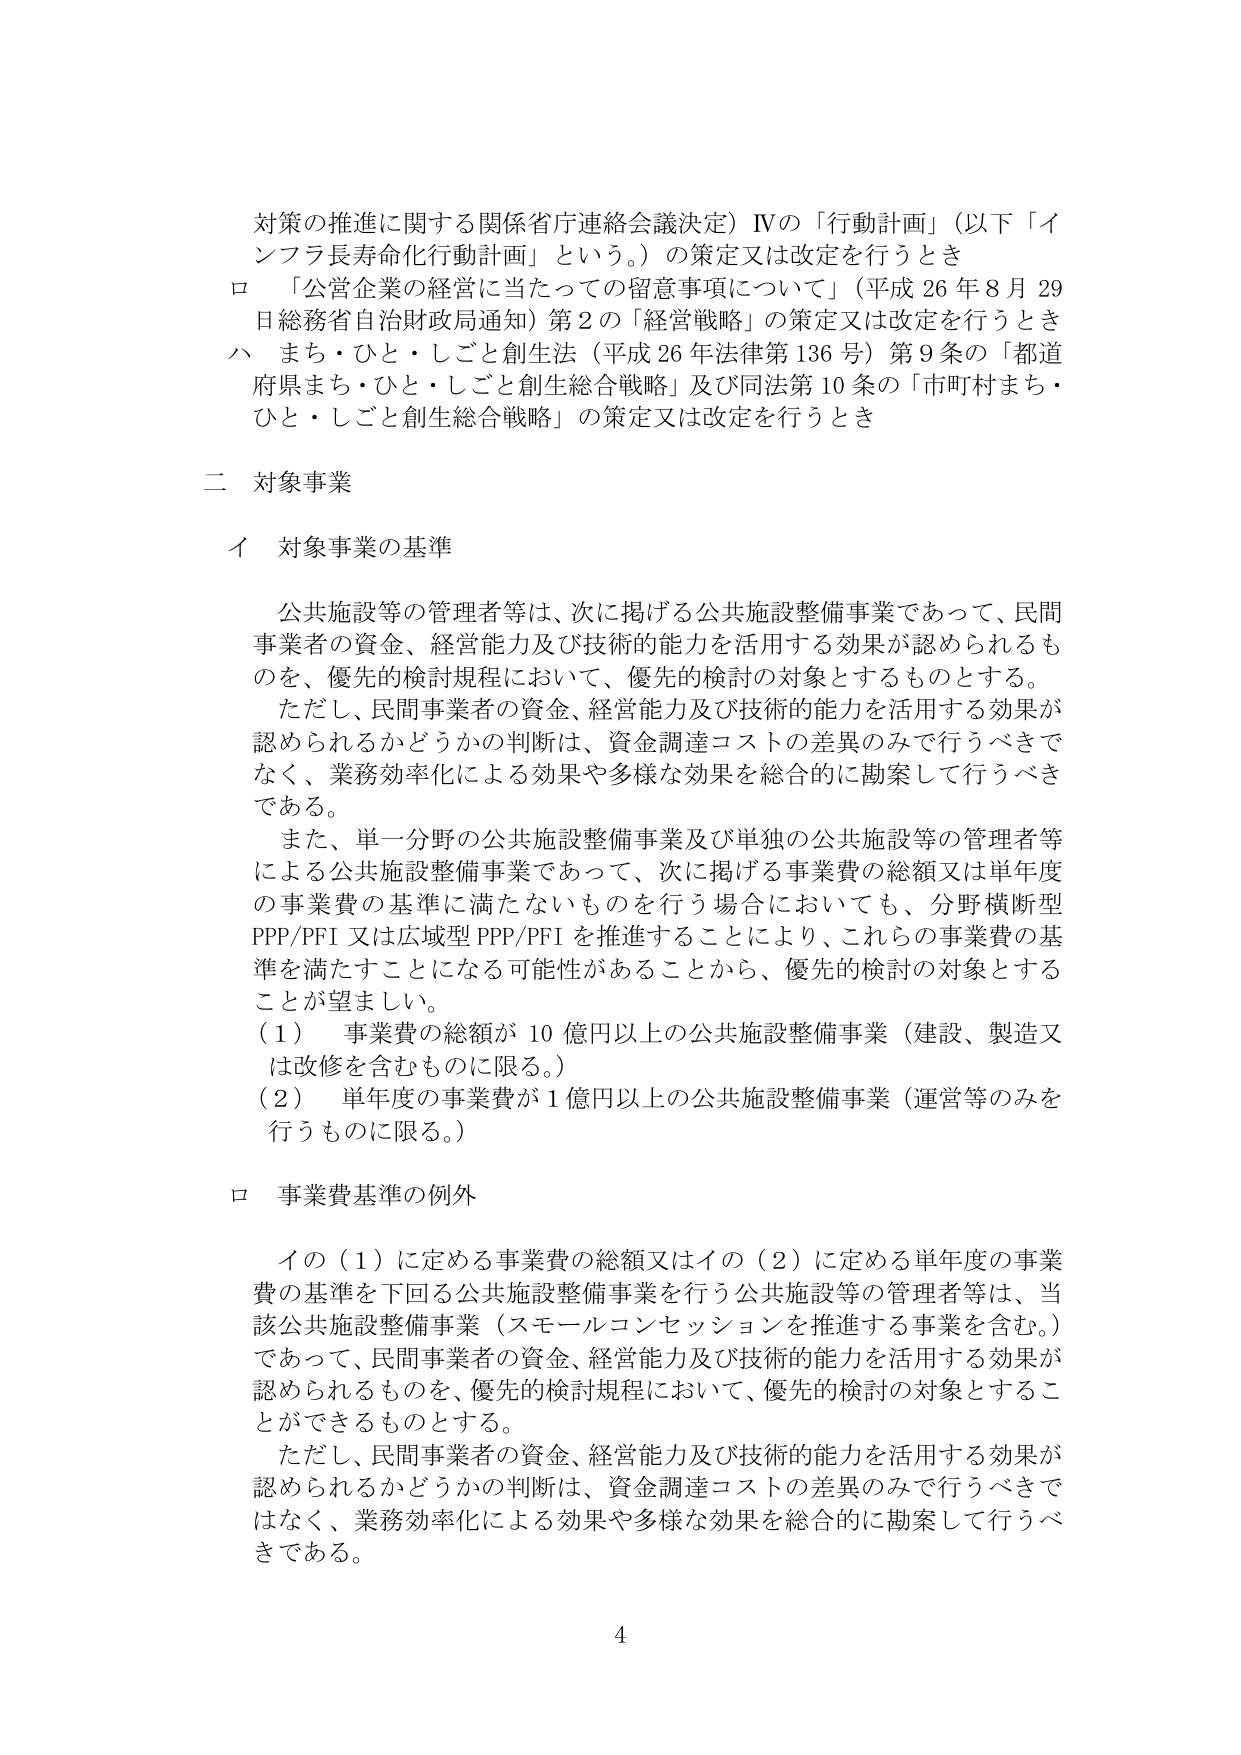
対策の推進に関する関係省庁連絡会議決定）Ⅳの「行動計画」（以下「インフラ長寿命化行動計画」という。）の策定又は改定を行うとき
ロ 「公営企業の経営に当たっての留意事項について」（平成26年8月29日総務省自治財政局通知）第2の「経営戦略」の策定又は改定を行うとき
ハ まち・ひと・しごと創生法（平成26年法律第136号）第9条の「都道府県まち・ひと・しごと創生総合戦略」及び同法第10条の「市町村まち・ひと・しごと創生総合戦略」の策定又は改定を行うとき

二 対象事業

イ 対象事業の基準

公共施設等の管理者等は、次に掲げる公共施設整備事業であって、民間事業者の資金、経営能力及び技術的能力を活用する効果が認められるものを、優先的検討規程において、優先的検討の対象とするものとする。
ただし、民間事業者の資金、経営能力及び技術的能力を活用する効果が認められるかどうかの判断は、資金調達コストの差異のみで行うべきでなく、業務効率化による効果や多様な効果を総合的に勘案して行うべきである。
また、単一分野の公共施設整備事業及び単独の公共施設等の管理者等による公共施設整備事業であって、次に掲げる事業費の総額又は単年度の事業費の基準に満たないものを行う場合においても、分野横断型PPP/PFI又は広域型PPP/PFIを推進することにより、これらの事業費の基準を満たすことになる可能性があることから、優先的検討の対象とすることが望ましい。
（1） 事業費の総額が10億円以上の公共施設整備事業（建設、製造又は改修を含むものに限る。）
（2） 単年度の事業費が1億円以上の公共施設整備事業（運営等のみを行うものに限る。）

ロ 事業費基準の例外

イの（1）に定める事業費の総額又はイの（2）に定める単年度の事業費の基準を下回る公共施設整備事業を行う公共施設等の管理者等は、当該公共施設整備事業（スモールコンセッションを推進する事業を含む。）であって、民間事業者の資金、経営能力及び技術的能力を活用する効果が認められるものを、優先的検討規程において、優先的検討の対象とすることができるものとする。
ただし、民間事業者の資金、経営能力及び技術的能力を活用する効果が認められるかどうかの判断は、資金調達コストの差異のみで行うべきではなく、業務効率化による効果や多様な効果を総合的に勘案して行うべきである。

4